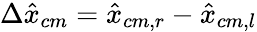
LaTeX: \Delta\hat{x}_{cm}=\hat{x}_{cm,r}-\hat{x}_{cm,l}